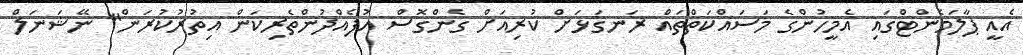
އެއީ ޕާލަމެންޓްގައި އެމީހުންގެ މަސައްކަތްތައް ރަނގަޅަށް ކުރިއަށް ގެންގޮސް އުފެއްދުންތެރިކަން އިތުރުކުރަން" ނޭޝަނަލް